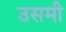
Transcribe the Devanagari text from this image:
उसमी